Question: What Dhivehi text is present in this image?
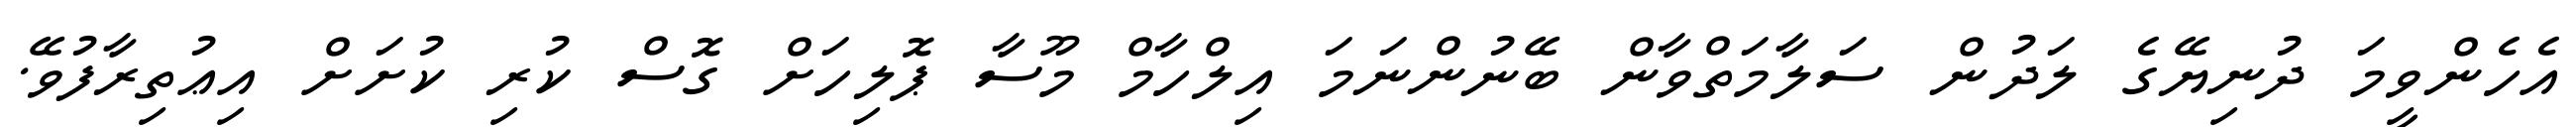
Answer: އެހެންވީމަ ދުނިޔޭގެ ލަދުން ސަލާމަތްވާން ބޭނުންނަމަ އިލްހާމް މޫސާ ޕޮލިހަށް ގޮސް ކުރި ކުށަށް އިޢުތިރާފުވޭ.